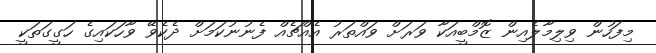
މިފަހުން ވިލިމާލެއިން ޒޮމްބީއަކާ ވަރަށް ވައްތަރު އެއްޗެއް ފެނުނުކަމަށް ދެކެވޭ ވާހަކައިގެ ހަގީގަތަކީ